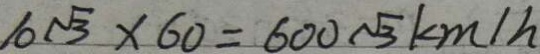
1 0 \sqrt { 3 } \times 6 0 = 6 0 0 \sqrt { 3 } k m / h